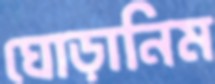
ঘোড়ানিম